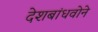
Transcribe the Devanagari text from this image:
देशबांधवोने